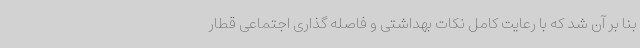
بنا بر آن شد که با رعایت کامل نکات بهداشتی و فاصله گذاری اجتماعی قطار